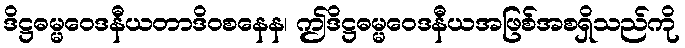
ဒိဋ္ဌဓမ္မဝေဒနီယတာဒိဝစနေန၊ ဤဒိဋ္ဌဓမ္မဝေဒနီယအဖြစ်အစရှိသည်ကို